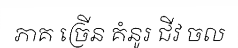
ភាគ ច្រើន គំនូរ ជីវ ចល